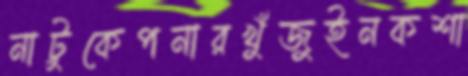
নাটুকেপনারখুঁজুইনকশা